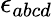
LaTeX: \epsilon_{abcd}